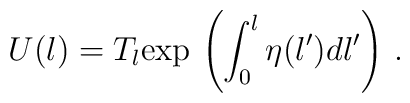
U(l)=T_l {\rm exp}\, \left(\int_0^l \eta(l')dl'\right)\,.